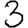
Digit: 3